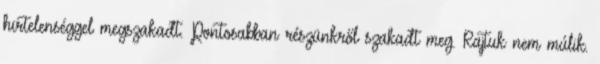
hirtelenséggel megszakadt. Pontosabban részünkről szakadt meg. Rajtuk nem múlik.